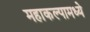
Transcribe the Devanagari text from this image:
महाकल्पामध्ये